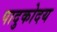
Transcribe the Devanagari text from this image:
पादुकोदय